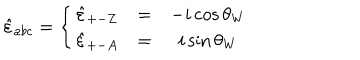
\hat { \varepsilon } _ { a b c } = \left\{ \begin{array} { c c c } { { \hat { \varepsilon } _ { + - Z } } } & { { = } } & { { - i \cos \theta _ { W } } } \\ { { \hat { \varepsilon } _ { + - A } } } & { { = } } & { { i \sin \theta _ { W } } } \\ \end{array} \right.